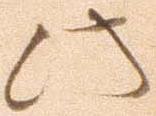
此